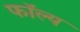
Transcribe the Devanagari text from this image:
फॉल्य